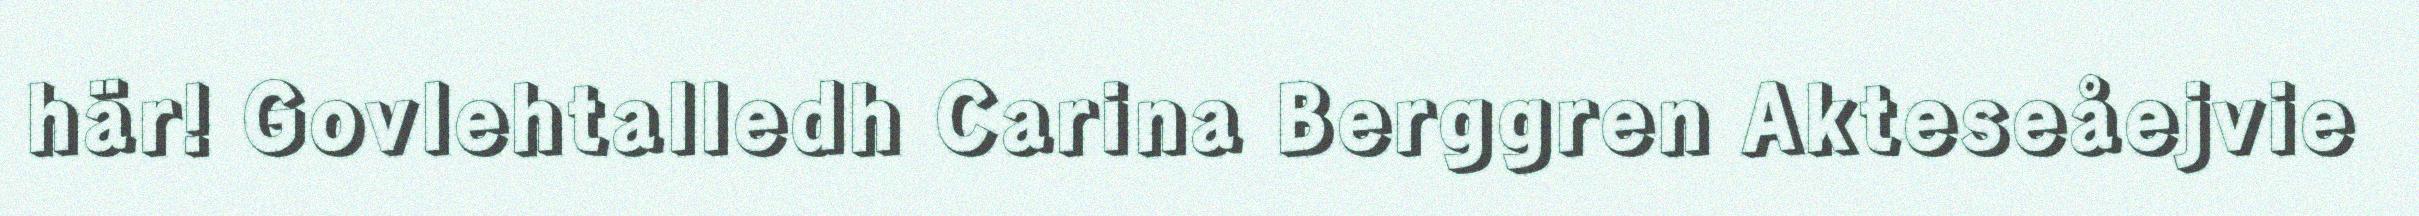
här! Govlehtalledh Carina Berggren Akteseåejvie